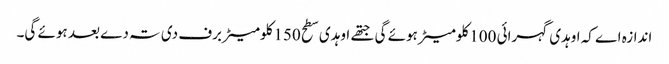
اندازہ اے کہ اوہدی گہرائی 100کلومیٹر ہوئے گی جتھ‏ے اوہدی سطح 150کلومیٹر برف دی تہ دے بعد ہوئے گی۔